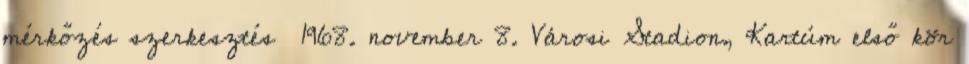
mérkőzés szerkesztés 1968. november 8. Városi Stadion, Kartúm első kör